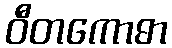
ဝီတကောဓာ